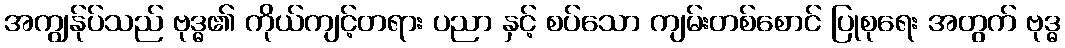
အကျွန်ုပ်သည် ဗုဒ္ဓ၏ ကိုယ်ကျင့်တရား ပညာ နှင့် စပ်သော ကျမ်းတစ်စောင် ပြုစုရေး အတွက် ဗုဒ္ဓ